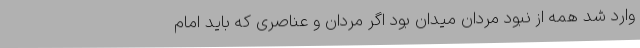
وارد شد همه از نبود مردان میدان بود اگر مردان و عناصری که باید امام